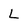
Character: L